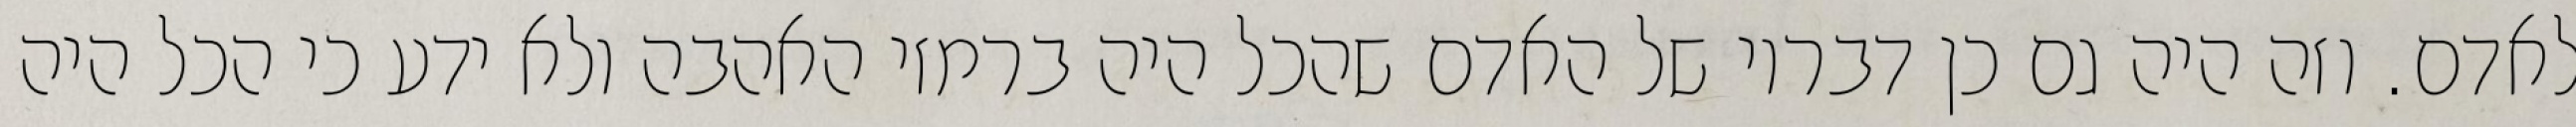
לאדם. וזה היה גם כן דבריו של האדם שהכל היה ברמזי האהבה ולא ידע כי הכל היה